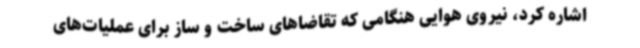
اشاره کرد، نیروی هوایی هنگامی که تقاضاهای ساخت و ساز برای عملیات‌های